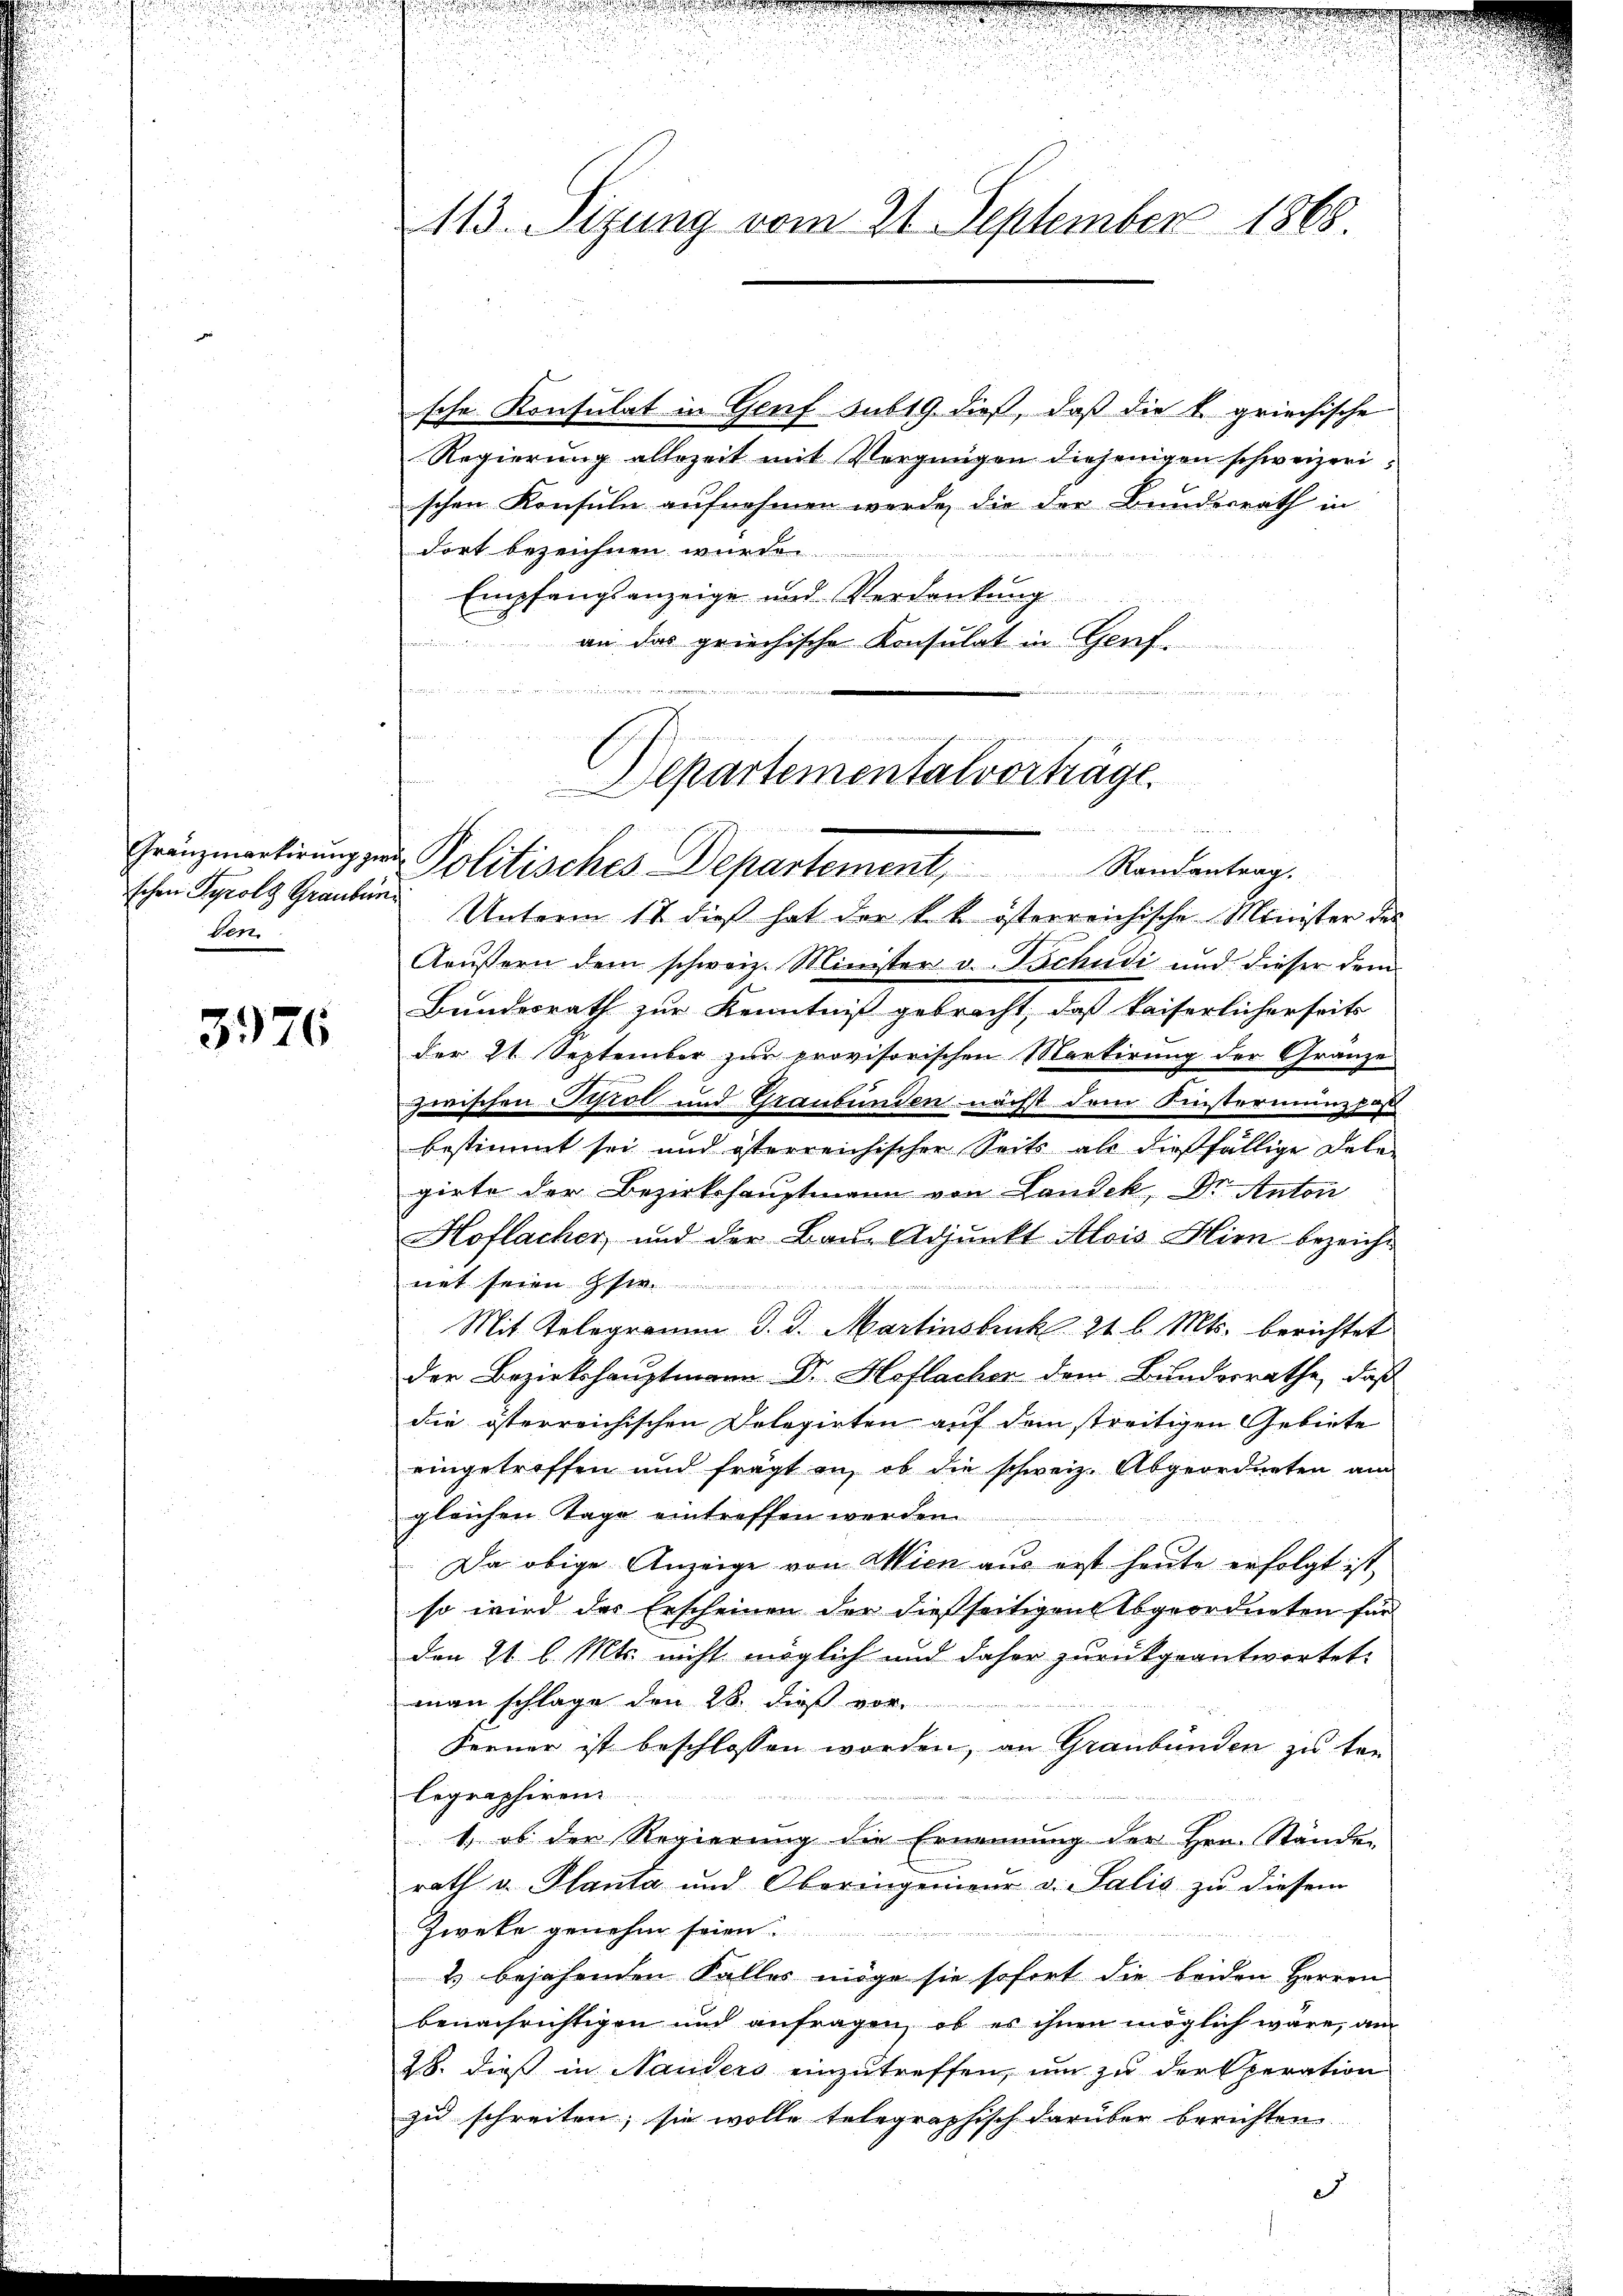
schen Tyrol Graubün
den

3976

sche Konsulat in Genf sub 19 dieß, daß die k. griechische
Regierung allezeit mit Vergnügen diejenigen schweizerischen Konsuln aufnehmen werde, die der Bundesrath in
dort bezeichnen wurde.
Empfangsanzeige und Verdankung
nd
an das griechischen Konsulat in Genf,
ram, und nun an den eingegen man

113. Sizung vom 21. September 1868.

J
n
Aepartementalvorträge.
Gränzmartirung zur Politisches Departement, Randantrag.

Unterm 18. dieß hat der k. k. österreichische Minister des
Aeußern dem schweiz. Minister v. Tschudi und dieser dem
Bundesrath zur Kenntniß gebracht, daß kaiserlicherseits
der 21. September zur provisorischen Martirung der Gränze
zwischen Tirol und Graubünden nächst dem Finsternung pas
bestimmt sei und österreichischer Seits als dießfällige Dele-
girte der Bezirkshauptmann von Landek, Dr. Anton
Hoflacher, und der Bau- Adjunkt Alois Hirn bezeicht
net seien ser
Mit Telegramm d. d. Martinsbuck 21 l. Mts. berichtet
der Bezirkshauptmann Dr. Hoflacher dem Bundesrathe, daß
die österreichischen Delegirten auf dem streitigen Gebiete
eingetroffen und frägt an, ob die schweiz. Abgeordneten am
gleichen Tage eintreffen werden.
eeren
Da obige Anzeige von Wien aus erst heute erfolgt ist,
so wird der Erscheinen der dießseitigen Abgeordneten für
den 21. l. Mts. nicht möglich und daher zurückgeantwortet.
man schlage den 28. dieß vor.
Ferner ist beschlossen worden, an Graubünden zu tre
legraphiren.
1, ob der Regierung die Ernennung der Hrn. Stände
rath u. Planta und Oberingenieŭr v. Salis zŭ diesem
Zweke genehm seien.
2 bejahenden Falles möge sie sofort die beiden Herren
benachrichtigen und anfragen, ob es ihnen möglich wäre, am
28. dieß in Nauders einzutreffen, um zu der Operation
zu schreiten; sie wolle telegraphisch darüber berichten.
d

n